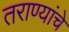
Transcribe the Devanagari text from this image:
तराण्यांचे